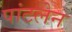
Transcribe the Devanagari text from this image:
पांटलेन